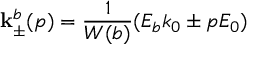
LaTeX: { \bf k } _ { \pm } ^ { b } ( p ) = \frac { 1 } { W ( b ) } ( E _ { b } k _ { 0 } \pm p E _ { 0 } )